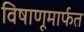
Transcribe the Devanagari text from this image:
विषाणूमार्फत